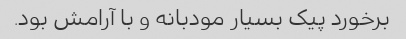
برخورد پیک بسیار مودبانه و با آرامش بود.